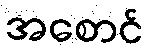
အစောင်